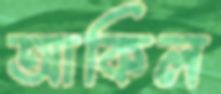
আকিল